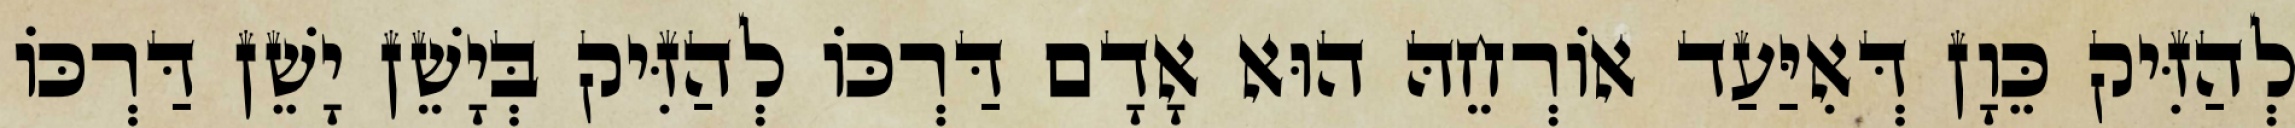
לְהַזִּיק כֵּוָן דְּאִיַּעַד אוֹרְחֵהּ הוּא אָדָם דַּרְכּוֹ לְהַזִּיק בְּיָשֵׁן יָשֵׁן דַּרְכּוֹ